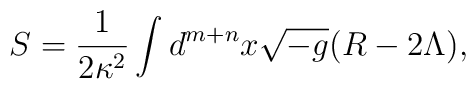
S = \frac{1}{2 \kappa^2} \int d^{m+n} x \sqrt{-g}(R-2\Lambda),